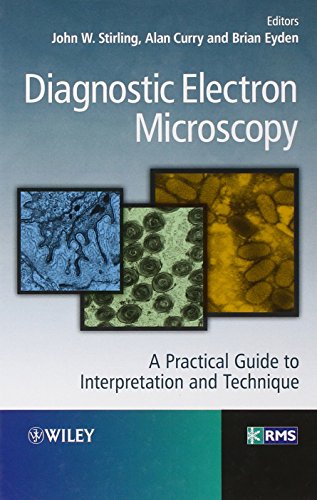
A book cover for Diagnostic Electron Microscopy: A Practical Guide to Interpretation and Technique; Science & Math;